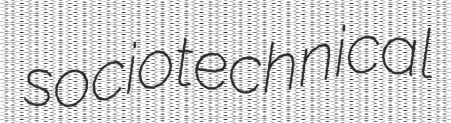
sociotechnical